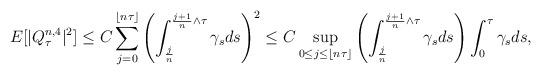
LaTeX: \begin{align*} E[| Q^{n,4} _\tau|^2] \le C \sum_{j=0} ^{\lfloor n\tau \rfloor} \left(\int_{\frac jn} ^{\frac {j+1}n \wedge \tau}\gamma_s ds \right)^2 \le C \sup_{0\le j \le \lfloor n\tau \rfloor} \left(\int_{\frac jn} ^{\frac {j+1}n \wedge \tau}\gamma_s ds \right) \int_0^{\tau} \gamma_s ds,\end{align*}